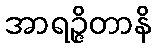
အာရဉ္ဇိတာနိ